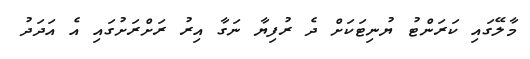
މާލޭގައި ކަރަންޓު ޔުނިޓަކަށް ދެ ރުފިޔާ ނަގާ އިރު ރަށްރަށުގައި އެ އަދަދު